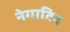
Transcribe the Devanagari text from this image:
नेगाटिव